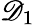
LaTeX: \mathscr{D}_{1}